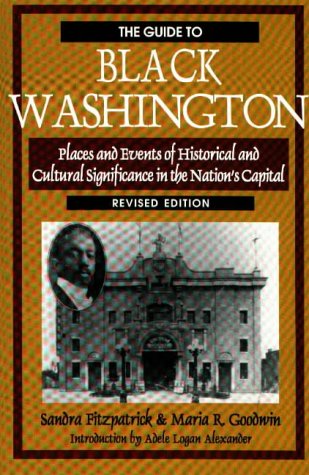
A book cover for The Guide to Black Washington; Sandra Fitzpatrick; Travel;